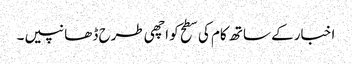
اخبار کے ساتھ کام کی سطح کو اچھی طرح ڈھانپیں۔